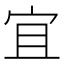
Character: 宜